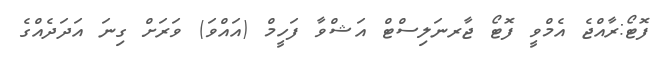
ފޮޓޯ:ރާއްޖެ އެމްވީ ފޮޓޯ ޖާރނަލިސްޓް އަޝްވާ ފަހީމް (އައްވަ) ވަރަށް ގިނަ އަދަދެއްގެ